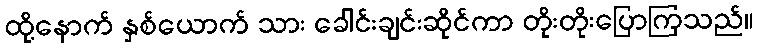
ထို့နောက် နှစ်ယောက် သား ခေါင်းချင်းဆိုင်ကာ တိုးတိုးပြောကြသည်။